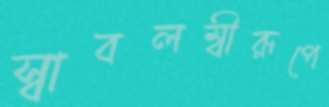
স্বাবলম্বীরূপে